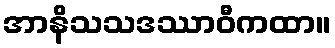
အာနိသသဒဿာဝီကထာ။